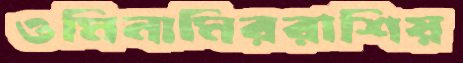
ওমিনামিররাশিয়